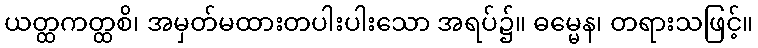
ယတ္ထကတ္ထစိ၊ အမှတ်မထားတပါးပါးသော အရပ်၌။ ဓမ္မေန၊ တရားသဖြင့်။